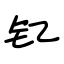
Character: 钇